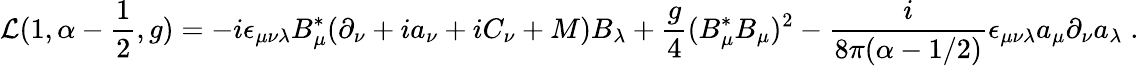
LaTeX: {\cal L}(1,\alpha-\frac{1}{2},g)=-i\epsilon_{\mu\nu\lambda}B_{\mu}^{*}(\partial_{\nu}+ia_{\nu}+iC_{\nu}+M)B_{\lambda}+\frac{g}{4}(B_{\mu}^{*}B_{\mu})^{2}-\frac{i}{8\pi(\alpha-1/2)}\epsilon_{\mu\nu\lambda}a_{\mu}\partial_{\nu}a_{\lambda}\; .